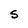
Character: S